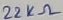
Text: 22KΩ